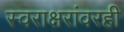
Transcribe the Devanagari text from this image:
स्वराक्षरांवरही